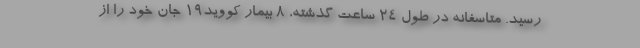
رسید. متاسفانه در طول ۲۴ ساعت گذشته، ۸ بیمار کووید۱۹ جان خود را از